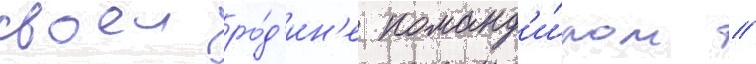
своеи ро́д'ин'е команд'и́ром //